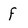
Character: f